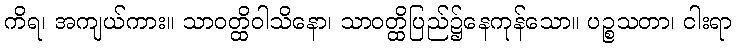
ကိရ၊ အကျယ်ကား။ သာဝတ္ထိဝါသိနော၊ သာဝတ္ထိပြည်၌နေကုန်သော။ ပဉ္စသတာ၊ ငါးရာ